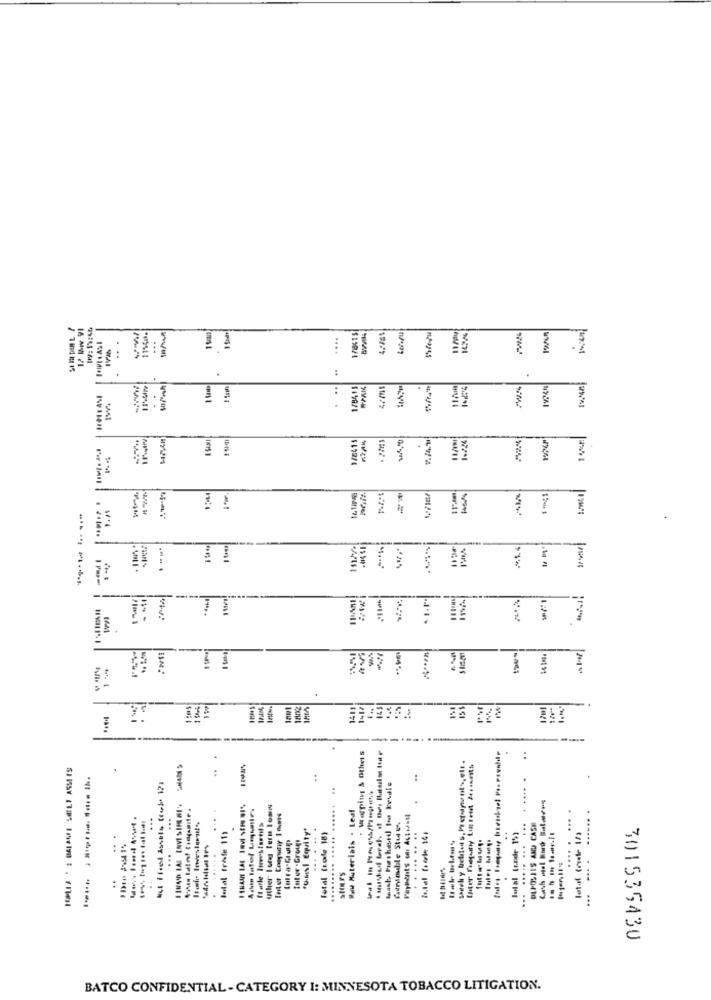
11141.
...
....
178415
..
3
1 1
3
..
178415
1:41:4%1
.
1.224
161/a
11:441
/1
--
1:44
141
145
IW
-
..
. Warping & Other 5
..
..
Kul Ficel Assuis trop 171
I IROD BAL ENVI SIMERI'
uther long Term loan
Www Materials . Leaf
......
...
...
.......
Befal frife 11)
fratle linvestortil>
f.msi Equity"
.......
......... ..... ..
... ..... ... ...
DLF-OSJIS AND CASE
Tutal (rcde 18)
..... ....
Intal (unde 1%)
tut er -Group
.....
:
..
stoFs
.
301535430
BATCO CONFIDENTIAL - CATEGORY I: MINNESOTA TOBACCO LITIGATION.